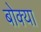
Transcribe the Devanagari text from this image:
बोक्‍या